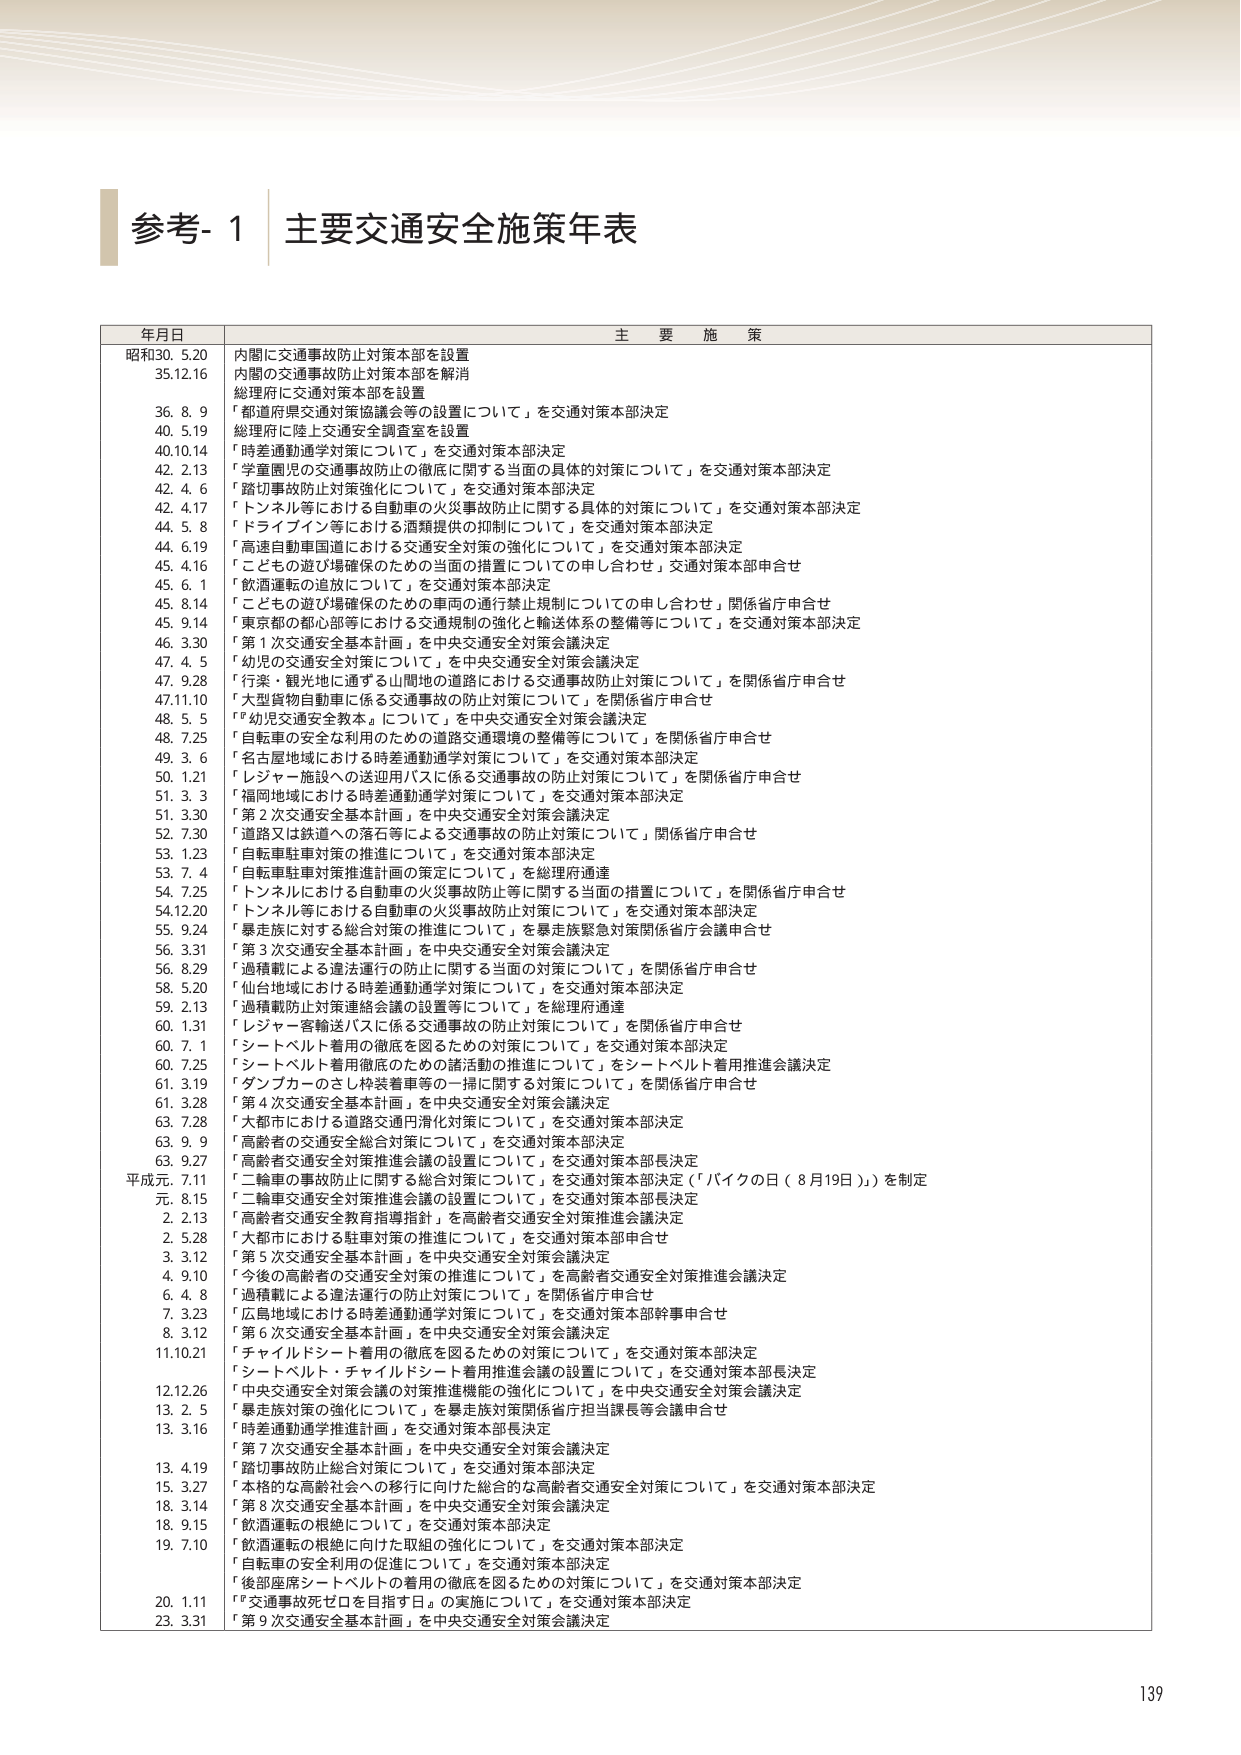
参考-1 主要交通安全施策年表

年月日 主要施策

昭和30. 5.20 内閣に交通事故防止対策本部を設置
35.12.16 内閣の交通事故防止対策本部を解消
総理府に交通対策本部を設置
36. 8. 9 「都道府県交通対策協議会等の設置について」を交通対策本部決定
40. 5.19 総理府に陸上交通安全調査室を設置
40.10.14 「時差通勤通学対策について」を交通対策本部決定
42. 2.13 「学童園児の交通事故防止の徹底に関する当面の具体的対策について」を交通対策本部決定
42. 4. 6 「踏切事故防止対策強化について」を交通対策本部決定
42. 4.17 「トンネル等における自動車の火災事故防止に関する具体的対策について」を交通対策本部決定
44. 5. 8 「ドライブイン等における酒類提供の抑制について」を交通対策本部決定
44. 6.19 「高速自動車国道における交通安全対策の強化について」を交通対策本部決定
45. 4.16 「こどもの遊び場確保のための当面の措置についての申し合わせ」交通対策本部申合せ
45. 6. 1 「飲酒運転の追放について」を交通対策本部決定
45. 8.14 「こどもの遊び場確保のための車両の通行禁止規制についての申し合わせ」関係省庁申合せ
45. 9.14 「東京都の都心部等における交通規制の強化と輸送体系の整備等について」を交通対策本部決定
46. 3.30 「第1次交通安全基本計画」を中央交通安全対策会議決定
47. 4. 5 「幼児の交通安全対策について」を中央交通安全対策会議決定
47. 9.28 「行楽・観光地に通ずる山間地の道路における交通事故防止対策について」を関係省庁申合せ
47.11.10 「大型貨物自動車に係る交通事故の防止対策について」を関係省庁申合せ
48. 5. 5 「『幼児交通安全教本』について」を中央交通安全対策会議決定
48. 7.25 「自転車の安全な利用のための道路交通環境の整備等について」を関係省庁申合せ
49. 3. 6 「名古屋地域における時差通勤通学対策について」を交通対策本部決定
50. 1.21 「レジャー施設への送迎用バスに係る交通事故の防止対策について」を関係省庁申合せ
51. 3. 3 「福岡地域における時差通勤通学対策について」を交通対策本部決定
51. 3.30 「第2次交通安全基本計画」を中央交通安全対策会議決定
52. 7.30 「道路又は鉄道への落石等による交通事故の防止対策について」関係省庁申合せ
53. 1.23 「自転車駐車対策の推進について」を交通対策本部決定
53. 7. 4 「自転車駐車対策推進計画の策定について」を総理府通達
54. 7.25 「トンネルにおける自動車の火災事故防止等に関する当面の措置について」を関係省庁申合せ
54.12.20 「トンネル等における自動車の火災事故防止対策について」を交通対策本部決定
55. 9.24 「暴走族に対する総合対策の推進について」を暴走族緊急対策関係省庁会議申合せ
56. 3.31 「第3次交通安全基本計画」を中央交通安全対策会議決定
56. 8.29 「過積載による違法運行の防止に関する当面の対策について」を関係省庁申合せ
58. 5.20 「仙台地域における時差通勤通学対策について」を交通対策本部決定
59. 2.13 「過積載防止対策連絡会議の設置等について」を総理府通達
60. 1.31 「レジャー客輸送バスに係る交通事故の防止対策について」を関係省庁申合せ
60. 7. 1 「シートベルト着用徹底を図るための対策について」を交通対策本部決定
60. 7.25 「シートベルト着用徹底のための諸活動の推進について」をシートベルト着用推進会議決定
61. 3.19 「ダンプカーのさし枠装着車等の一括に関する対策について」を関係省庁申合せ
61. 3.28 「第4次交通安全基本計画」を中央交通安全対策会議決定
63. 7.28 「大都市における道路交通円滑化対策について」を交通対策本部決定
63. 9. 9 「高齢者の交通安全総合対策について」を交通対策本部決定
63. 9.27 「高齢者交通事故対策推進会議の設置について」を交通対策本部長決定
平成元. 7.11 「二輪車の事故防止に関する総合対策について」を交通対策本部決定（「バイクの日（8月19日）」を制定
元. 8.15 「二輪車交通安全対策推進会議の設置について」を交通対策本部長決定
2. 2.13 「高齢者交通安全教育指導指針」を高齢者交通安全対策推進会議決定
2. 5.28 「大都市における駐車対策の推進について」を交通対策本部申合せ
3. 3.12 「第5次交通安全基本計画」を中央交通安全対策会議決定
4. 9.10 「今後の高齢者の交通安全対策の推進について」を高齢者交通安全対策推進会議決定
6. 4. 8 「過積載による違法運行の防止対策について」を関係省庁申合せ
7. 3.23 「広島地域における時差通勤通学対策について」を交通対策本部幹事申合せ
8. 3.12 「第6次交通安全基本計画」を中央交通安全対策会議決定
11.10.21 「チャイルドシート着用の徹底を図るための対策について」を交通対策本部決定
「シートベルト・チャイルドシート着用推進会議の設置について」を交通対策本部長決定
12.12.26 「中央交通安全対策会議の対策推進機能の強化について」を中央交通安全対策会議決定
13. 2. 5 「暴走族対策の強化について」を暴走族対策関係省庁担当課長等会議申合せ
13. 3.16 「時差通勤通学推進計画」を交通対策本部長決定
「第7次交通安全基本計画」を中央交通安全対策会議決定
13. 4.19 「踏切事故防止総合対策について」を交通対策本部決定
15. 3.27 「本格的な高齢社会への移行に向けた総合的な高齢者交通安全対策について」を交通対策本部決定
18. 3.14 「第8次交通安全基本計画」を中央交通安全対策会議決定
18. 9.15 「飲酒運転の根絶について」を交通対策本部決定
19. 7.10 「飲酒運転の根絶に向けた取組の強化について」を交通対策本部決定
「自転車の安全利用の促進について」を交通対策本部決定
「後部座席シートベルトの着用の徹底を図るための対策について」を交通対策本部決定
20. 1.11 「交通事故死ゼロを目指す日。」の実施について」を交通対策本部決定
23. 3.31 「第9次交通安全基本計画」を中央交通安全対策会議決定

139